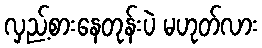
လှည့်စားနေတုန်းပဲ မဟုတ်လား